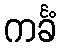
ကင်္ခံ